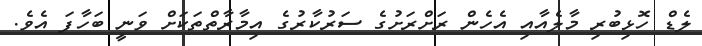
ލެޑް ހޮޅިބުރި މާލެއާއި އެހެން ރަށްރަށުގެ ސަރުކާރުގެ އިމާރާތްތަކަށް ވަނީ ބަހާފަ އެވެ.